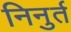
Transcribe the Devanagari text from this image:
निनुर्त